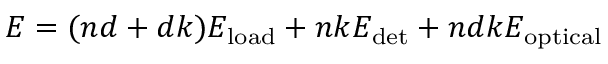
E = ( n d + d k ) E _ { \mathrm { l o a d } } + n k E _ { \mathrm { d e t } } + n d k E _ { \mathrm { o p t i c a l } }